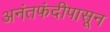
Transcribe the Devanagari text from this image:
अनंतफंदीपासून